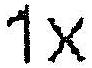
1X